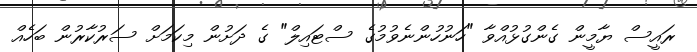
ރައީސް ޔާމީން ގެންގުޅުއްވާ "ހަނުހުންނެވުމުގެ ސްޓައިލް" ގެ ދަށުން މިކަމަށް ސަރުކާރުން ބަހެއް